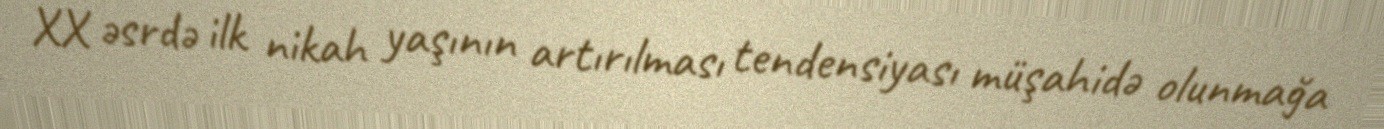
XX əsrdə ilk nikah yaşının artırılması tendensiyası müşahidə olunmağa